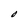
Character: O